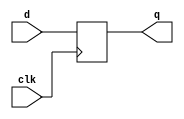
module d_flip_flop(
	input wire clk,
	input wire d,
	output reg q
	);

	always @(posedge(clk))
		q = d;
endmodule

module d_flip_flop_with_async_reset(
	input wire clk,
	input wire d,
 	input wire reset,
	output reg q
	);

	always @(posedge(clk), posedge(reset)) begin
		if (reset) 
			q = 1'b0;
		else
			q = d;
	end
endmodule

module d_flip_flop_with_async_reset_sync_enable(
	input wire clk,
	input wire d,
	input wire reset,
	input wire enable,
	output reg q
	);

	always @(posedge(clk), posedge(reset)) begin
		if(reset) 	
			q = 1'b0;
		else if(enable) 
			q = d;
	end
endmodule

module register(
	input wire clk,reset,
	input wire [7:0] d,
	output reg [7:0] q 	
	);

	always @(posedge(clk)) begin
		if(reset) 
			q = 8'b0;
		else 
			q = d;
	end
endmodule

module stimulus();
	// reg d = 1'b0;
	// wire q;
	reg [7:0] d = 0;
	wire [7:0] q;
	reg clk = 1'b0;
	reg reset = 1'b0;
	reg enable = 1'b1;	
	// d_flip_flop_with_async_reset_sync_enable f1(.clk(clk),.d(d),.q(q),.reset(reset),.enable(enable));
	register r(.clk(clk),.reset(reset),.d(d),.q(q)); 
	initial begin
		$dumpfile("simulation.vcd");
		$dumpvars(1,clk,d,q,reset);	
	end

	always 
		#1 clk = ~clk;

	always
		#5 d = d + 1;

	always begin	
		#3 reset = ~ reset;
		#1 reset = ~ reset;
	end

	initial 
		#20 $finish;
endmodule